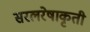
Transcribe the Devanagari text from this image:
सरलरेषाकृती